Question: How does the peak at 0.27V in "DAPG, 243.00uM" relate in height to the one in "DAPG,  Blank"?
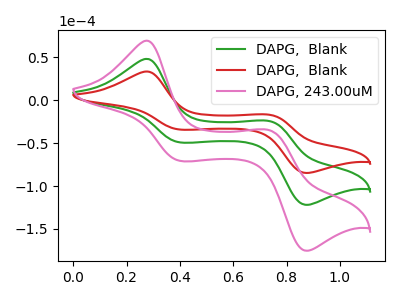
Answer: <think>The green curve "DAPG,  Blank" has anodic peaks at (0.25V, 48.30uA) (0.75V, -24.30uA) and cathodic peaks at (0.40V, -49.15uA) (0.85V, -121.90uA). The red curve "DAPG,  Blank" has anodic peaks at (0.25V, 33.55uA) (0.75V, -16.90uA) and cathodic peaks at (0.40V, -34.15uA) (0.85V, -84.70uA). The pink curve "DAPG, 243.00uM" has anodic peaks at (0.25V, 96.55uA) (0.75V, -48.55uA) and cathodic peaks at (0.40V, -98.30uA) (0.85V, -243.80uA).</think>
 <answer>The peak at 0.27V is higher in "DAPG, 243.00uM" than in "DAPG,  Blank".</answer>
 <eval>higher</eval>